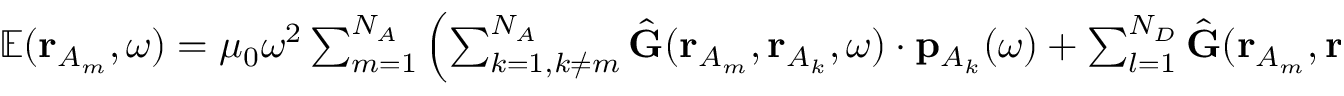
\begin{array} { r } { \mathbb { E } ( \mathbf { r } _ { A _ { m } } , \omega ) = \mu _ { 0 } \omega ^ { 2 } \sum _ { m = 1 } ^ { N _ { A } } \left( \sum _ { k = 1 , k \neq m } ^ { N _ { A } } \hat { \mathbf { G } } ( \mathbf { r } _ { A _ { m } } , \mathbf { r } _ { A _ { k } } , \omega ) \cdot \mathbf { p } _ { { A _ { k } } } ( \omega ) + \sum _ { l = 1 } ^ { N _ { D } } \hat { \mathbf { G } } ( \mathbf { r } _ { A _ { m } } , \mathbf { r } _ { D _ { l } } , \omega ) \cdot \mathbf { p } _ { D _ { l } } ( \omega ) \right) . } \end{array}